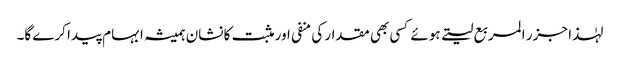
لہٰذا جزر المربع لیتے ہوئے کسی بھی مقدار کی منفی اور مثبت کا نشان ہمیشہ ابہام پیدا کرے گا۔